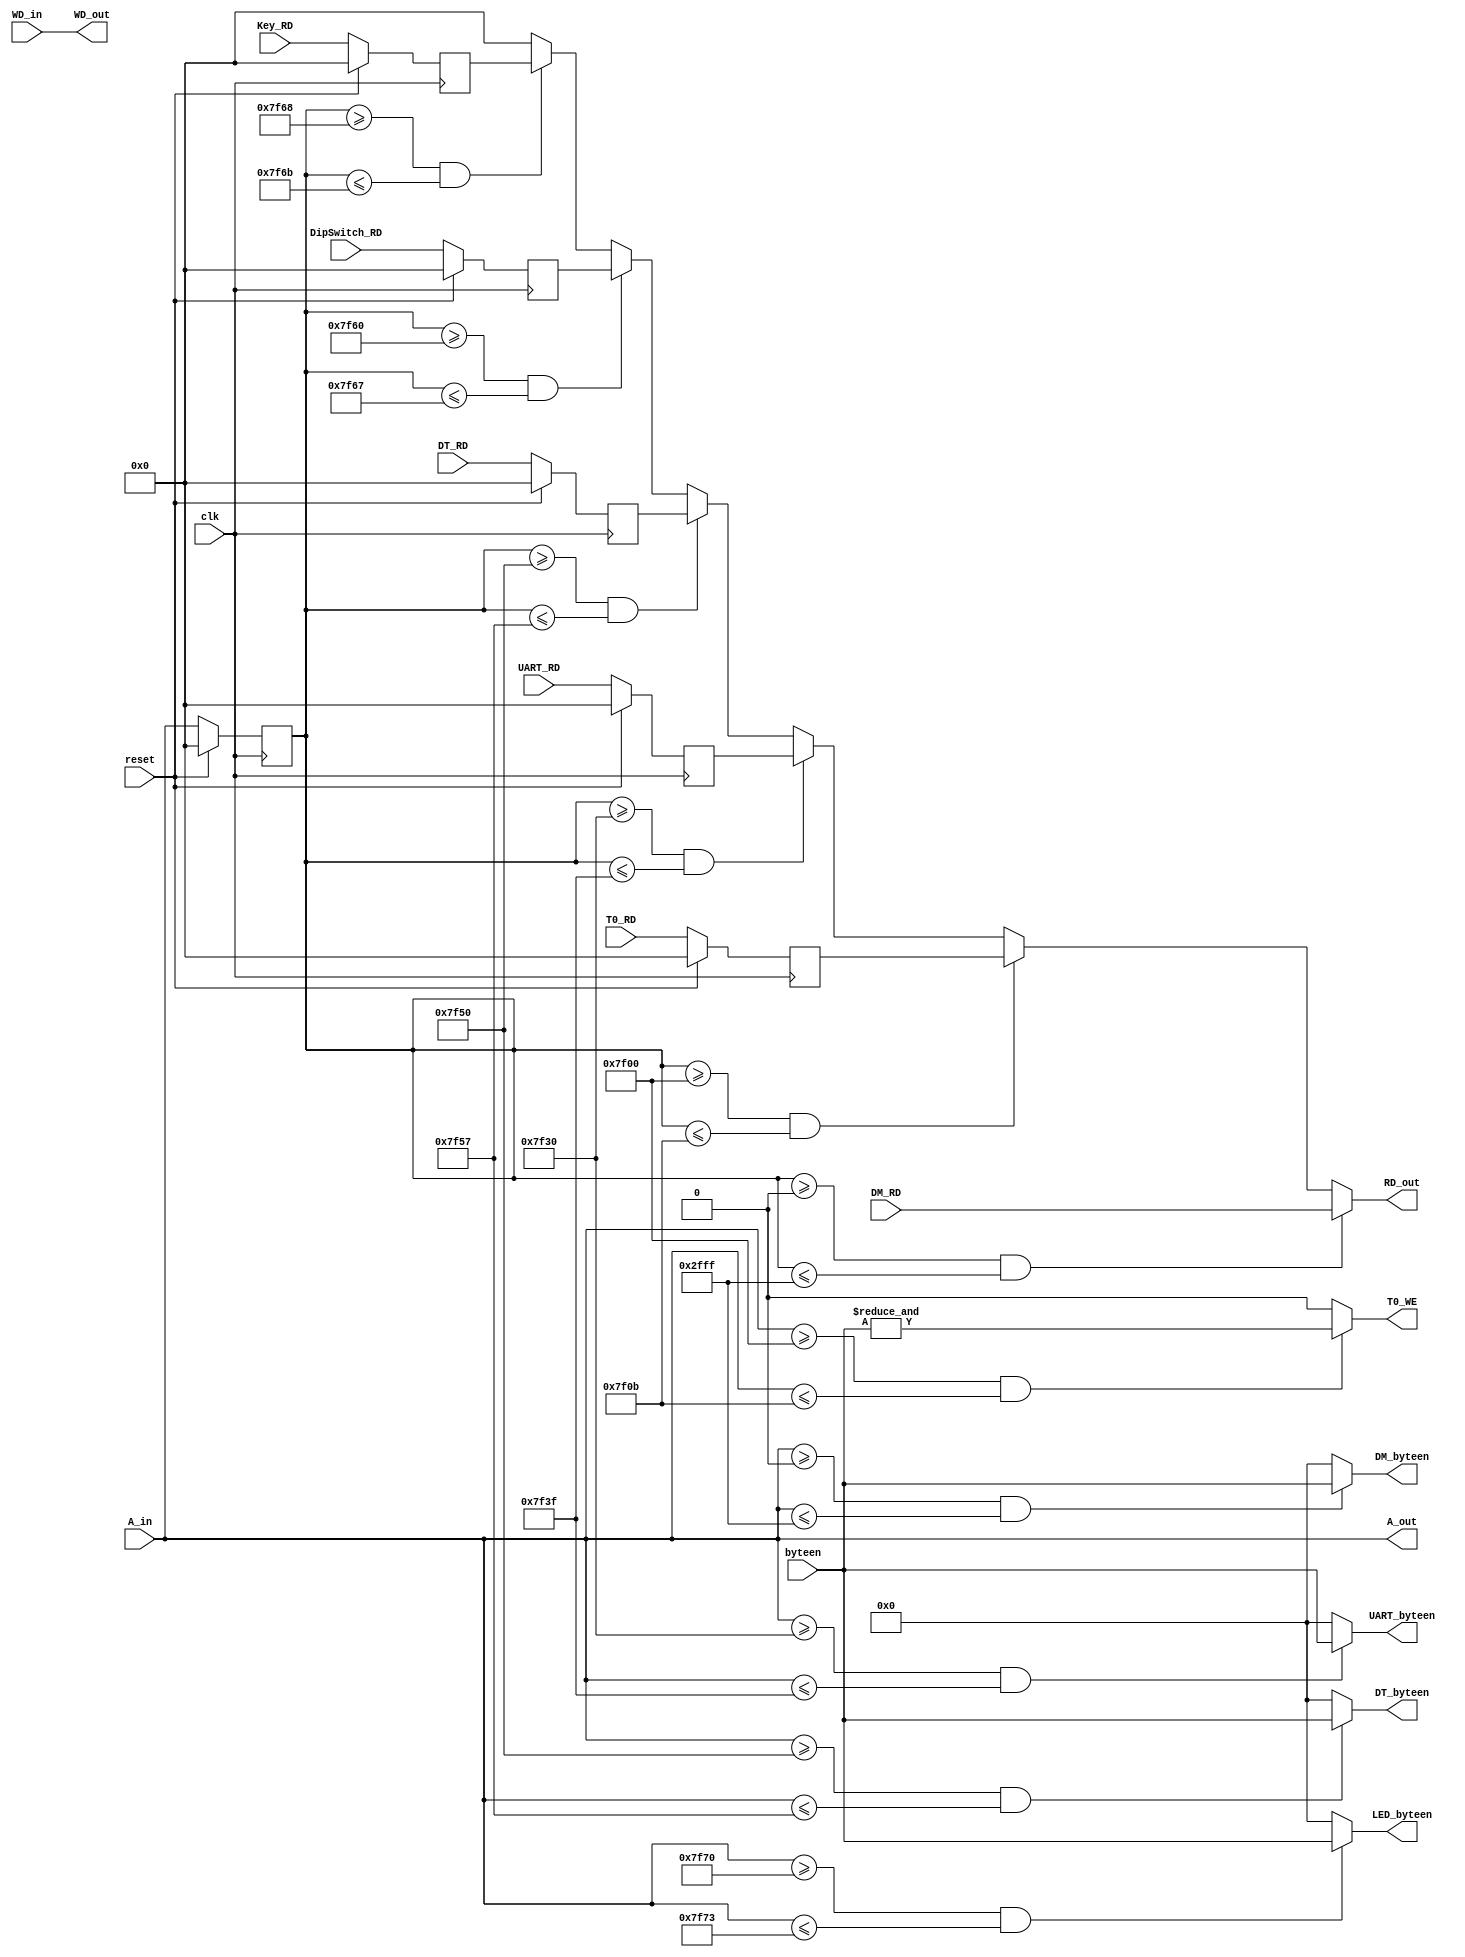
module Bridge (
    //input
    input clk,
    input reset,
    input [31:0] A_in, //
    input [31:0] WD_in, //
    input [3:0] byteen, //
    input [31:0] DM_RD, //DM
    input [31:0] T0_RD, //T0
    input [31:0] UART_RD,//UART
    input [31:0] DT_RD,//DigitalTube
    input [31:0] Key_RD,//key
    input [31:0] DipSwitch_RD,//DipSwitch
    //output
	 output [31:0] RD_out,//
    output [31:0] A_out, //
    output [31:0] WD_out, //
    output [3:0] DM_byteen, //DM
    output T0_WE, //T0
    output [3:0] UART_byteen,//UART
    output [3:0] DT_byteen,//DigitalTube
    output [3:0] LED_byteen//LED
);

reg [31:0] A_in_reg,T0_RD_reg,UART_RD_reg,DT_RD_reg,Key_RD_reg,DipSwitch_RD_reg;
always @(posedge clk ) begin
    if (reset) begin
        A_in_reg <= 32'd0;
        T0_RD_reg <= 32'd0;
        UART_RD_reg <= 32'd0;
        DT_RD_reg <= 32'd0;
        Key_RD_reg <= 32'd0;
        DipSwitch_RD_reg <= 32'd0;
    end 
    else begin
        A_in_reg <= A_in;
        T0_RD_reg <= T0_RD;
        UART_RD_reg <= UART_RD;
        DT_RD_reg <= DT_RD;
        Key_RD_reg <= Key_RD;
        DipSwitch_RD_reg <= DipSwitch_RD;
    end
end

assign A_out = A_in;
assign WD_out = WD_in;
assign DM_byteen = (A_in >= 32'h0000_0000 && A_in <= 32'h0000_2fff) ? byteen : 4'b0000;
assign T0_WE = (A_in >= 32'h0000_7f00 && A_in <= 32'h0000_7f0b) ? (&byteen) : 1'b0;
assign UART_byteen = (A_in >= 32'h0000_7f30 && A_in <= 32'h0000_7f3f) ? byteen : 4'b0000;
assign DT_byteen = (A_in >= 32'h0000_7f50 && A_in <= 32'h0000_7f57) ? byteen : 4'b0000;
assign LED_byteen = (A_in >= 32'h0000_7f70 && A_in <= 32'h0000_7f73) ? byteen : 4'b0000;
assign RD_out = (A_in_reg >= 32'h0000_0000 && A_in_reg <= 32'h0000_2fff) ? DM_RD :
                (A_in_reg >= 32'h0000_7f00 && A_in_reg <= 32'h0000_7f0b) ? T0_RD_reg :
                (A_in_reg >= 32'h0000_7f30 && A_in_reg <= 32'h0000_7f3f) ? UART_RD_reg :
                (A_in_reg >= 32'h0000_7f50 && A_in_reg <= 32'h0000_7f57) ? DT_RD_reg :
                (A_in_reg >= 32'h0000_7f60 && A_in_reg <= 32'h0000_7f67) ? DipSwitch_RD_reg :
                (A_in_reg >= 32'h0000_7f68 && A_in_reg <= 32'h0000_7f6b) ? Key_RD_reg :
				    32'h0000_0000;
endmodule